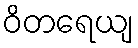
ဝိတရေယျ